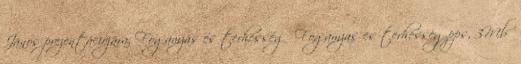
János prezentációjára, Fogamzás és terhesség Fogamzas es terhesseg.pps, 3Mb